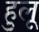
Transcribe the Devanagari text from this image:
हुलू